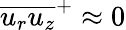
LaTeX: \overline{{u_{r}u_{z}}}^{+}\approx 0